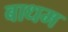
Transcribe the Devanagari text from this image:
बाधम